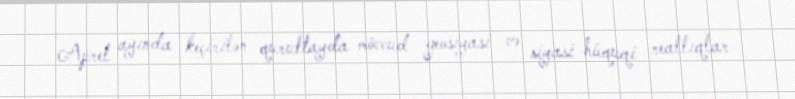
Aprel ayında keçirilən qurultayda mövcud geosiyasi və siyasi-hüquqi reallıqlar